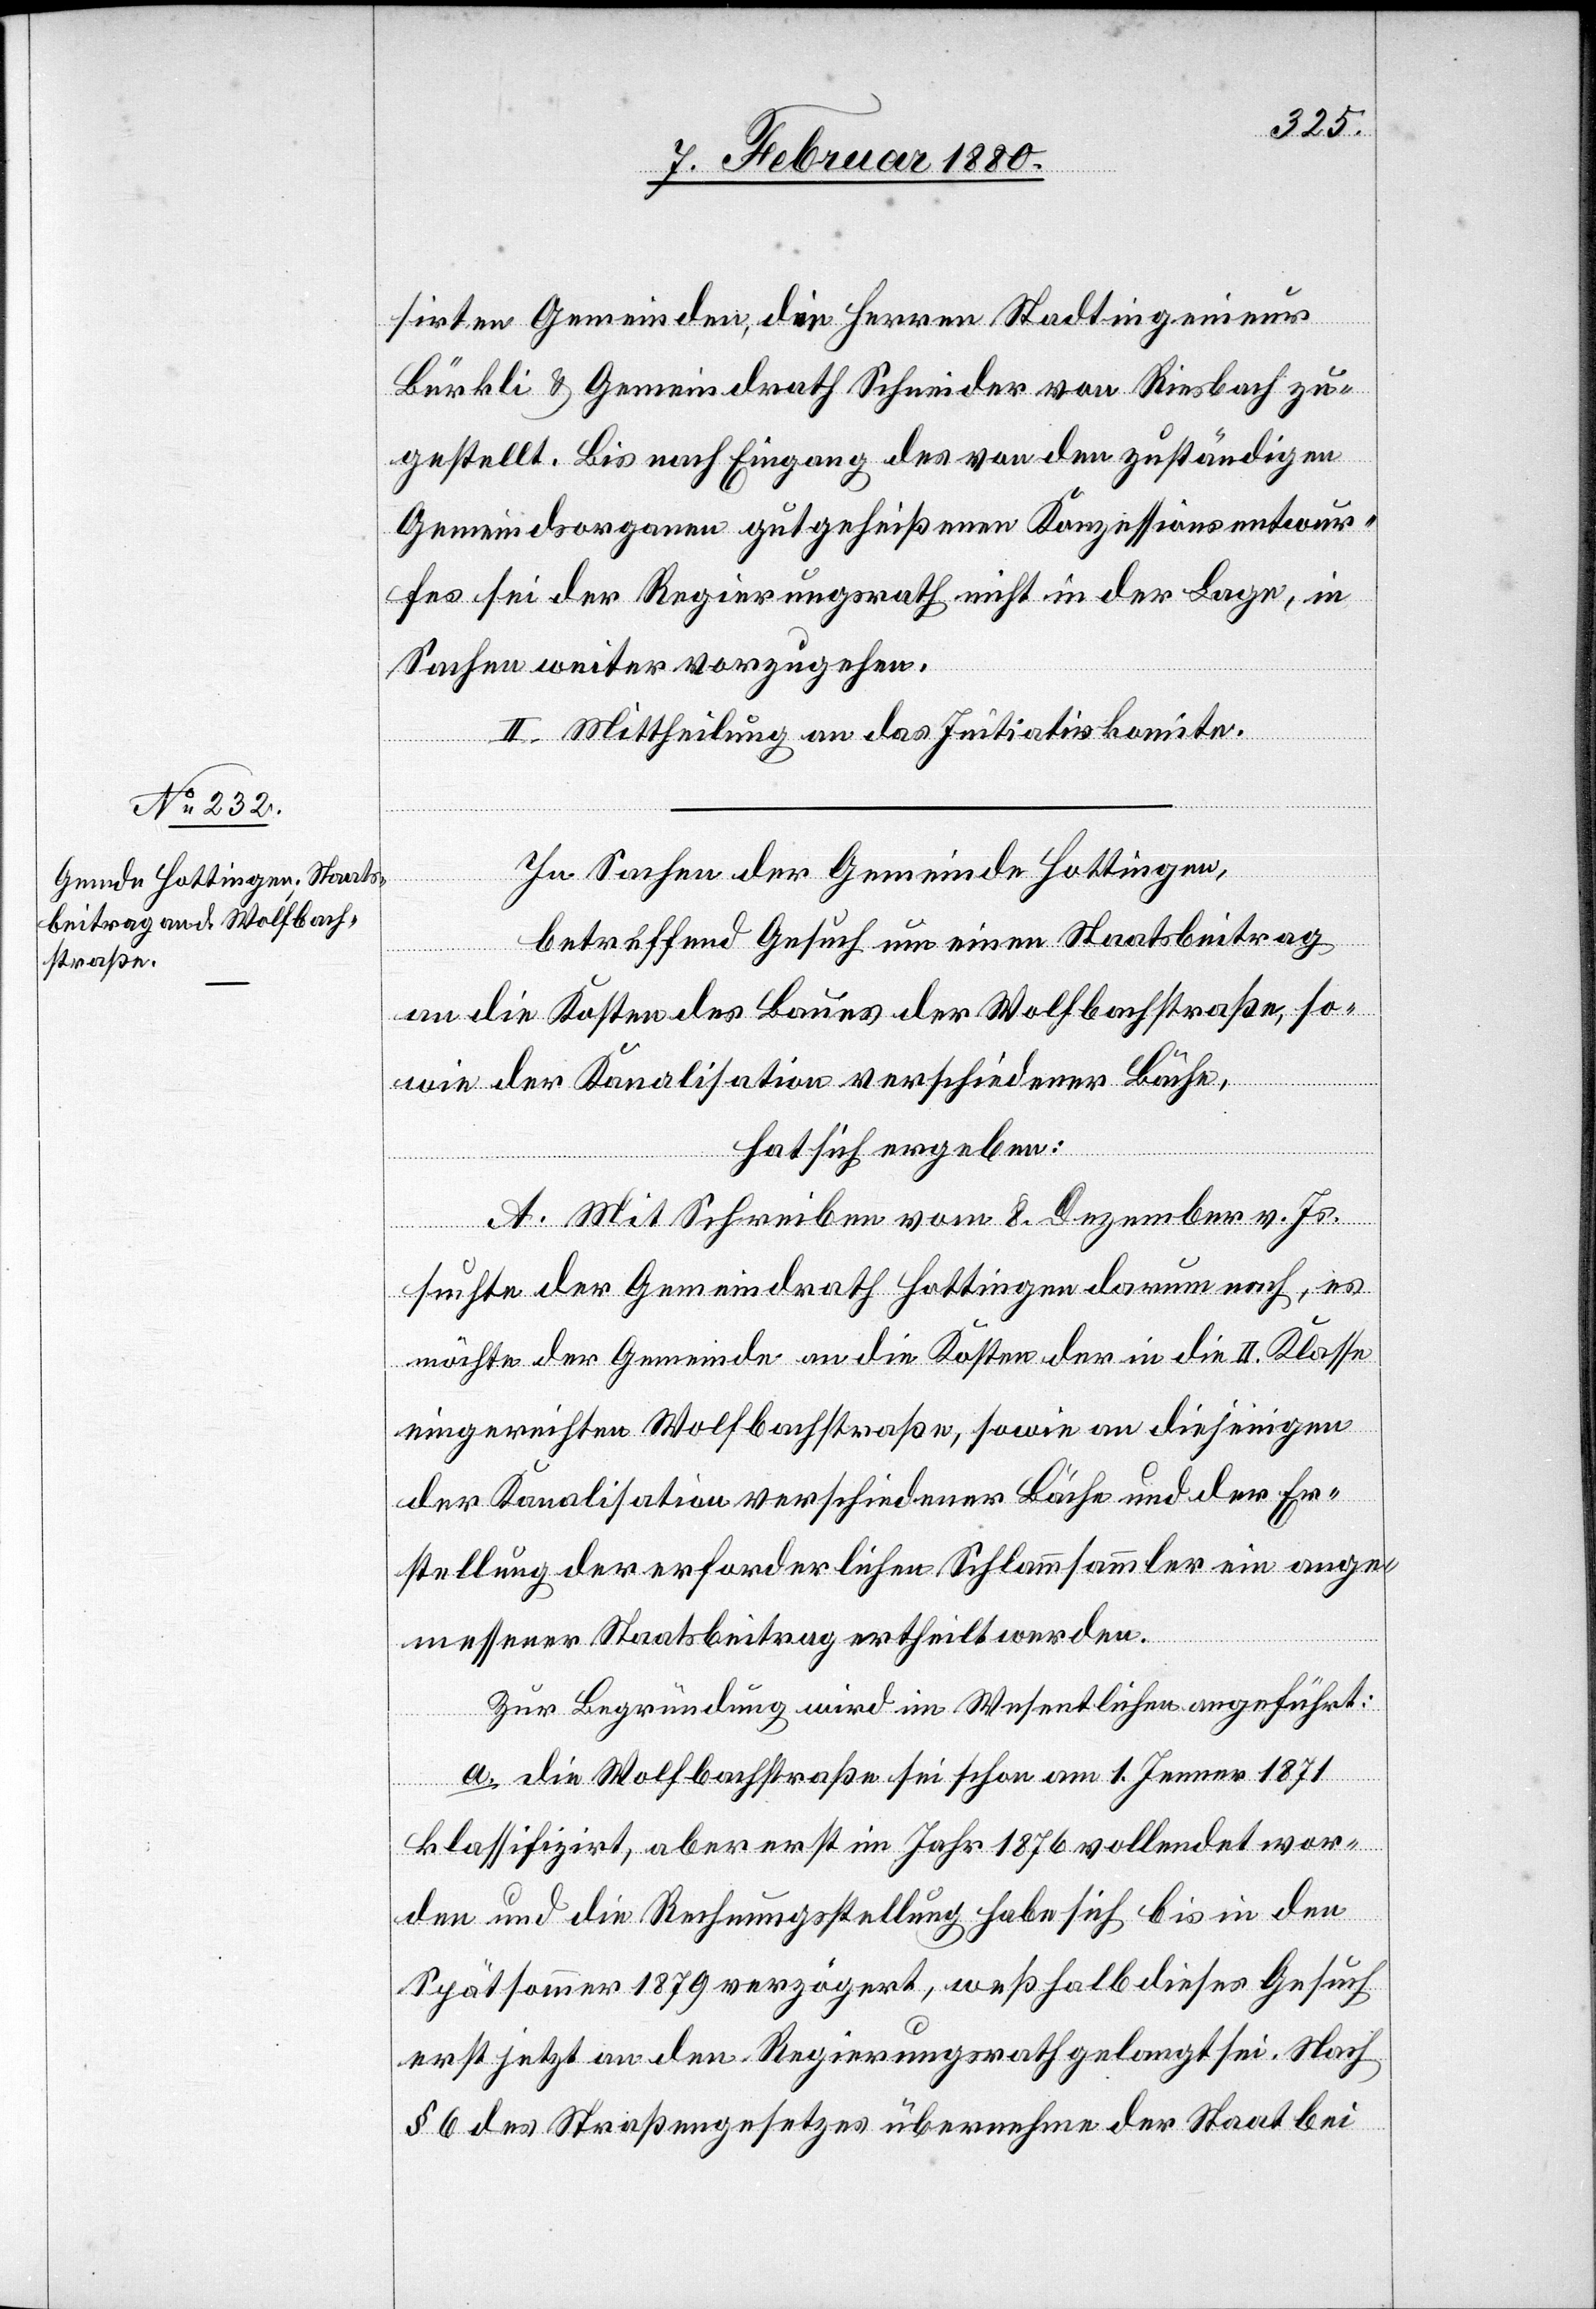
sirten Gemeinden, die Herren Stadtingenieur
Bürkli & Gemeindrath Schneider von Riesbach zu¬
gestellt. Bis nach Eingang des von den zuständigen
Gemeindsorganen gutgeheißenen Konzessionsentwur¬
fes sei der Regierungsrath nicht in der Lage, in
Sachen weiter vorzugehen.
II. Mittheilung an das Initiativkomite.
In Sachen der Gemeinde Hottingen,
betreffend Gesuch um einen Staatsbeitrag
an die Kosten des Baues der Wolfbachstraße, so¬
wie der Kanalisation verschiedener Bäche,
hat sich ergeben:
A. Mit Schreiben vom 8. Dezember v. Js.
suchte der Gemeindrath Hottingen darum nach, es
möchte der Gemeinde an die Kosten der in die II. Klasse
eingereihten Wolfbachstraße, sowie an diejenigen
der Kanalisation verschiedener Bäche und der Er¬
stellung der erforderlichen Schlammsammler ein ange¬
messener Staatsbeitrag ertheilt werden.
Zur Begründung wird im Wesentlichen angeführt:
a. die Wolfbachstraße sei schon am 1. Jenner 1871
klassifizirt, aber erst im Jahr 1876 vollendet wor¬
den und die Rechnungsstellung habe sich bis in den
Spätsommer 1879 verzögert, weßhalb dieses Gesuch
erst jetzt an den Regierungsrath gelangt sei. Nach
§ 6 des Straßengesetzes übernehme der Staat bei